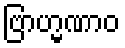
ဗြာဟ္မဏာဝ